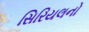
સિરિયલનો